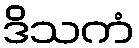
ဒိသကံ